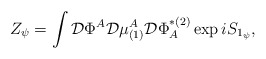
\begin{align*}Z_\psi =\int {\cal D}\Phi ^A{\cal D}\mu _{(1)}^A{\cal D}\Phi_A^{*(2)}\exp iS_{1_\psi },\end{align*}